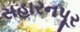
સહારનપૂર